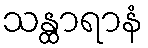
သန္ထာရာနံ